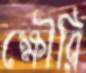
ক্ষৌরি